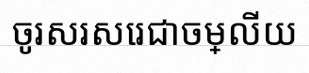
ចូរសរសេរជាចម្លើយ